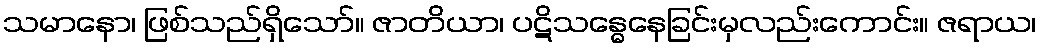
သမာနော၊ ဖြစ်သည်ရှိသော်။ ဇာတိယာ၊ ပဋိသန္ဓေနေခြင်းမှလည်းကောင်း။ ဇရာယ၊